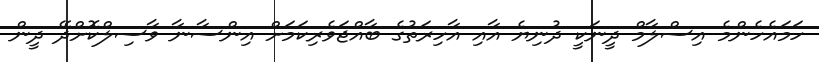
ހަމައެހެންމެ އިސްލާމް ދީނަކީ ދުނިޔެ އާއި އާހިރަތުގެ ބާއްޖަވެރިކަމަށް އިންސާނާ ވާސިލްކޮށްދޭ ދީން